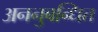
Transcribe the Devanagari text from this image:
अननुबन्धित